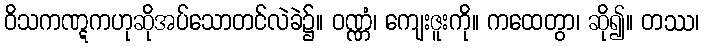
ဝိသကဏ္ဋကဟုဆိုအပ်သောတင်လဲခဲ၌။ ဝဏ္ဏံ၊ ကျေးဇူးကို။ ကထေတွာ၊ ဆို၍။ တဿ၊